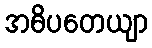
အဓိပတေယျာ